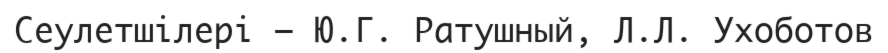
Сеулетшілері — Ю.Г. Ратушный, Л.Л. Ухоботов